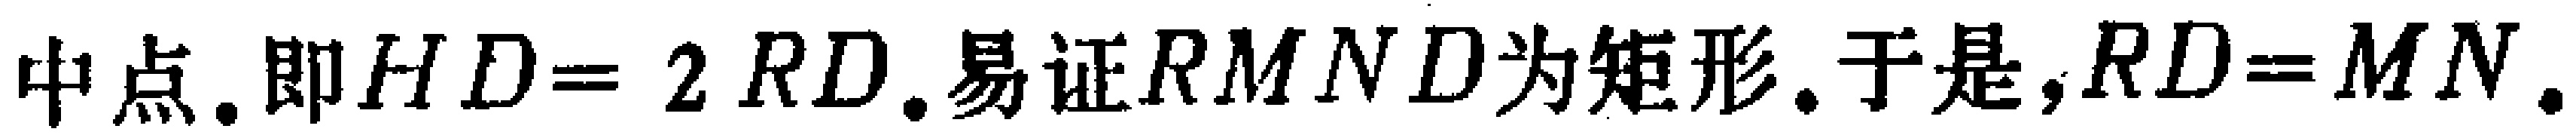
中点.即$HD = 2RD$.易证$RMND$为矩形.于是,$RD = MN$.